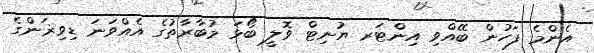
އެންމެ ފަހުން ބޭއްވި އިންޓަރ ޔުނިޓް ވޮލީ ބޯޅަ މުބާރާތުގެ އެއްވަނަ ޑިވިޜަންގެ